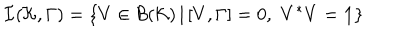
{ \cal I } ( { \cal K } , \Gamma ) = \{ V \in { \cal B } ( { \cal K } ) \, | \, [ V , \Gamma ] = 0 , \, \, V ^ { * } V = { \bf 1 } \}